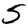
Digit: 5